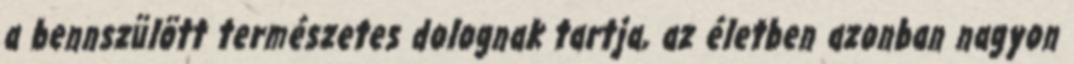
a bennszülött természetes dolognak tartja, az életben azonban nagyon